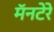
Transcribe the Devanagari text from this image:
मॅनटेरे